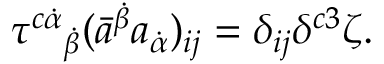
\tau ^ { c \dot { \alpha } } { } _ { \dot { \beta } } ( \bar { a } ^ { \dot { \beta } } a _ { \dot { \alpha } } ) _ { i j } = \delta _ { i j } \delta ^ { c 3 } \zeta .